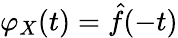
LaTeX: \varphi_{X}(t)={\hat{f}}(-t)